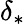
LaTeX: \delta_{*}